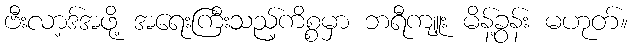
ဗီးလာ့ဒ်အဖို့ အရေးကြီးသည့်ကိစ္စမှာ ဘရီကျူး မိန့်ခွန်း မဟုတ်။